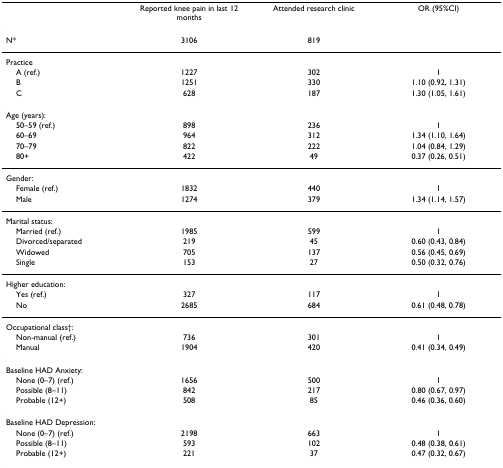
<table><thead><tr><td></td><td><b>Reported knee pain in last 12 months</b></td><td><b>Attended research clinic</b></td><td><b>OR (95%CI)</b></td></tr></thead><tbody><tr><td>N*</td><td>3106</td><td>819</td><td></td></tr><tr><td>Practice</td><td></td><td></td><td></td></tr><tr><td> A (ref.)</td><td>1227</td><td>302</td><td>1</td></tr><tr><td> B</td><td>1251</td><td>330</td><td>1.10 (0.92, 1.31)</td></tr><tr><td> C</td><td>628</td><td>187</td><td>1.30 (1.05, 1.61)</td></tr><tr><td>Age (years):</td><td></td><td></td><td></td></tr><tr><td> 50–59 (ref.)</td><td>898</td><td>236</td><td>1</td></tr><tr><td> 60–69</td><td>964</td><td>312</td><td>1.34 (1.10, 1.64)</td></tr><tr><td> 70–79</td><td>822</td><td>222</td><td>1.04 (0.84, 1.29)</td></tr><tr><td> 80+</td><td>422</td><td>49</td><td>0.37 (0.26, 0.51)</td></tr><tr><td>Gender:</td><td></td><td></td><td></td></tr><tr><td> Female (ref.)</td><td>1832</td><td>440</td><td>1</td></tr><tr><td> Male</td><td>1274</td><td>379</td><td>1.34 (1.14, 1.57)</td></tr><tr><td>Marital status:</td><td></td><td></td><td></td></tr><tr><td> Married (ref.)</td><td>1985</td><td>599</td><td>1</td></tr><tr><td> Divorced/separated</td><td>219</td><td>45</td><td>0.60 (0.43, 0.84)</td></tr><tr><td> Widowed</td><td>705</td><td>137</td><td>0.56 (0.45, 0.69)</td></tr><tr><td> Single</td><td>153</td><td>27</td><td>0.50 (0.32, 0.76)</td></tr><tr><td>Higher education:</td><td></td><td></td><td></td></tr><tr><td> Yes (ref.)</td><td>327</td><td>117</td><td>1</td></tr><tr><td> No</td><td>2685</td><td>684</td><td>0.61 (0.48, 0.78)</td></tr><tr><td>Occupational class†:</td><td></td><td></td><td></td></tr><tr><td> Non-manual (ref.)</td><td>736</td><td>301</td><td>1</td></tr><tr><td> Manual</td><td>1904</td><td>420</td><td>0.41 (0.34, 0.49)</td></tr><tr><td>Baseline HAD Anxiety:</td><td></td><td></td><td></td></tr><tr><td> None (0–7) (ref.)</td><td>1656</td><td>500</td><td>1</td></tr><tr><td> Possible (8–11)</td><td>842</td><td>217</td><td>0.80 (0.67, 0.97)</td></tr><tr><td> Probable (12+)</td><td>508</td><td>85</td><td>0.46 (0.36, 0.60)</td></tr><tr><td>Baseline HAD Depression:</td><td></td><td></td><td></td></tr><tr><td> None (0–7) (ref.)</td><td>2198</td><td>663</td><td>1</td></tr><tr><td> Possible (8–11)</td><td>593</td><td>102</td><td>0.48 (0.38, 0.61)</td></tr><tr><td> Probable (12+)</td><td>221</td><td>37</td><td>0.47 (0.32, 0.67)</td></tr></tbody></table>